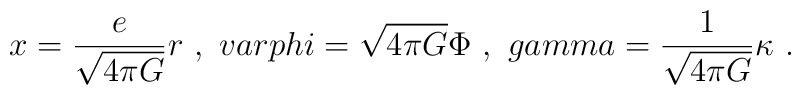
x=\frac{e}{\sqrt{4\pi G}} r\ , \ \ \\varphi = \sqrt{4\pi G} \Phi\ , \ \ \\gamma =\frac{1}{\sqrt{4\pi G}} \kappa\ .